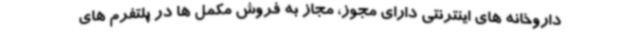
داروخانه های اینترنتی دارای مجوز، مجاز به فروش مکمل ها در پلتفرم های